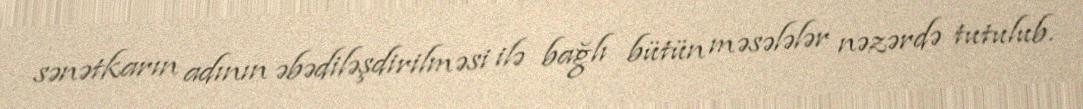
sənətkarın adının əbədiləşdirilməsi ilə bağlı bütün məsələlər nəzərdə tutulub.